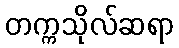
တက္ကသိုလ်ဆရာ